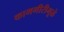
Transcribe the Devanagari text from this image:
कामगीरीमूळे